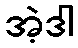
အဲ့ဒါ